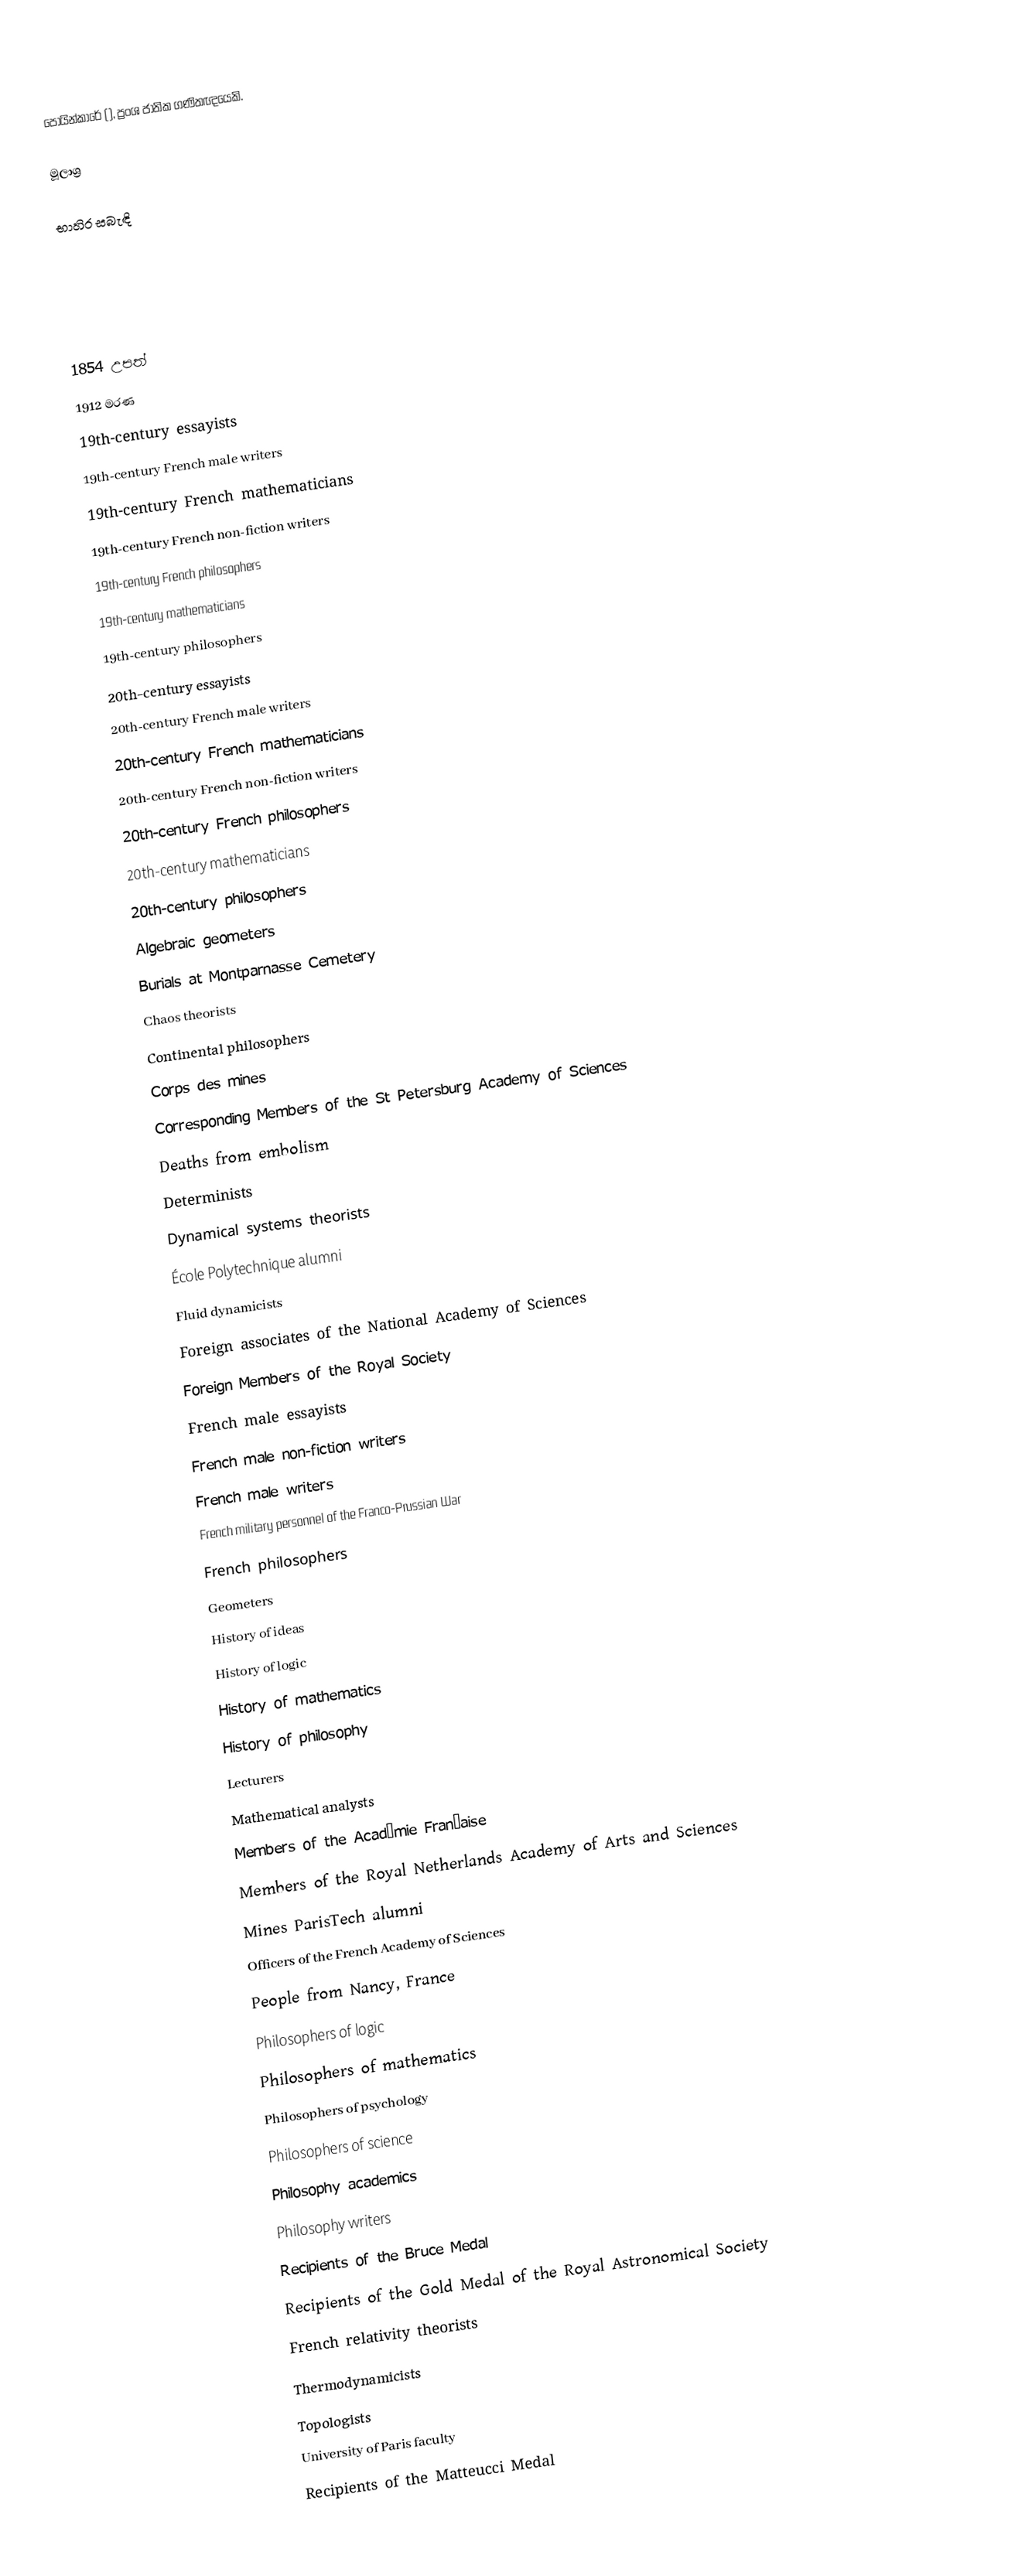
පොයින්කාරේ (), ප්‍රංශ ජාතික ගණිතඥයෙකි.

මූලාශ්‍ර

භාහිර සබැඳි

1854 උපත්
1912 මරණ
19th-century essayists
19th-century French male writers
19th-century French mathematicians
19th-century French non-fiction writers
19th-century French philosophers
19th-century mathematicians
19th-century philosophers
20th-century essayists
20th-century French male writers
20th-century French mathematicians
20th-century French non-fiction writers
20th-century French philosophers
20th-century mathematicians
20th-century philosophers
Algebraic geometers
Burials at Montparnasse Cemetery
Chaos theorists
Continental philosophers
Corps des mines
Corresponding Members of the St Petersburg Academy of Sciences
Deaths from embolism
Determinists
Dynamical systems theorists
École Polytechnique alumni
Fluid dynamicists
Foreign associates of the National Academy of Sciences
Foreign Members of the Royal Society
French male essayists
French male non-fiction writers
French male writers
French military personnel of the Franco-Prussian War
French philosophers
Geometers
History of ideas
History of logic
History of mathematics
History of philosophy
Lecturers
Mathematical analysts
Members of the Académie Française
Members of the Royal Netherlands Academy of Arts and Sciences
Mines ParisTech alumni
Officers of the French Academy of Sciences
People from Nancy, France
Philosophers of logic
Philosophers of mathematics
Philosophers of psychology
Philosophers of science
Philosophy academics
Philosophy writers
Recipients of the Bruce Medal
Recipients of the Gold Medal of the Royal Astronomical Society
French relativity theorists
Thermodynamicists
Topologists
University of Paris faculty
Recipients of the Matteucci Medal